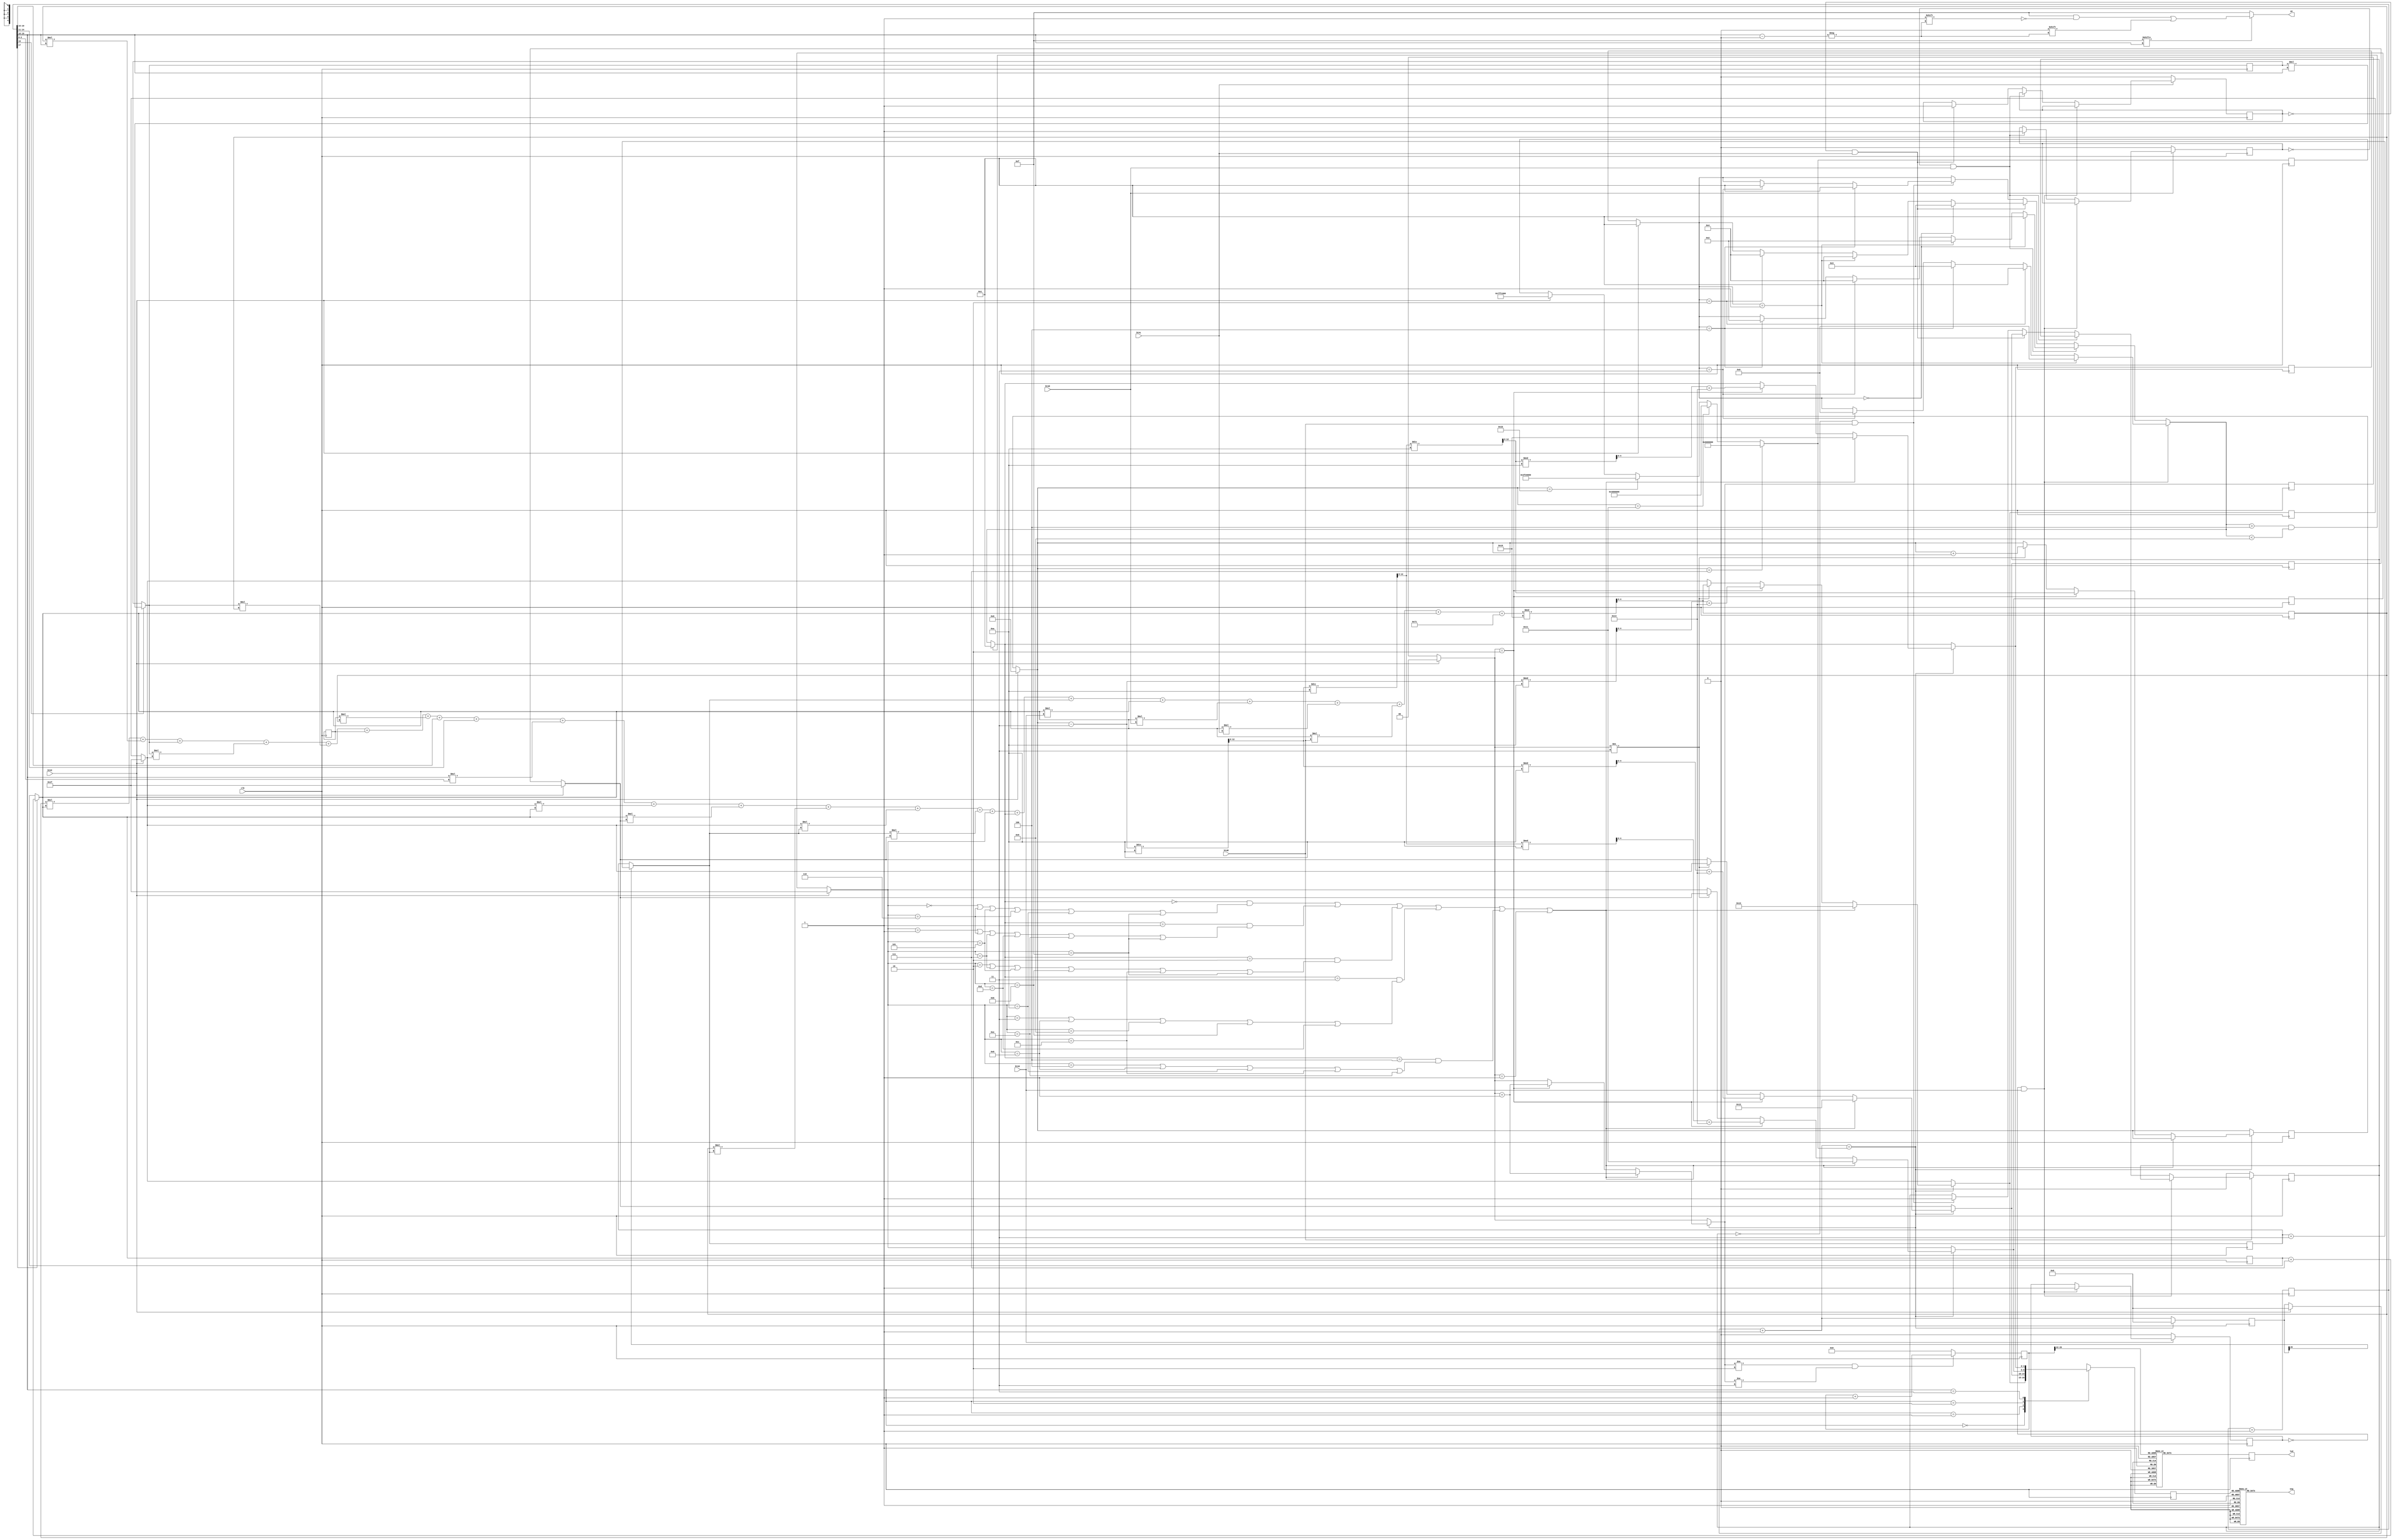
`timescale 1ns / 1ps
//////////////////////////////////////////////////////////////////////////////////
// Company: 
// Engineer: 
// 
// Design Name: 
// Module Name: sev_seg_dis
// Project Name: 
// Target Devices: 
// Tool Versions: 
// Description: 
// 
// Dependencies: 
// 
// Revision:
// Revision 0.01 - File Created
// Additional Comments:
// 
//////////////////////////////////////////////////////////////////////////////////


module sev_seg_dis(
    input btnU,
    input btnC,
    input btnD,
    input clk,
    input btnL,
    input btnR,
    output reg [6:0] seg,
    output reg [3:0] an,
    output reg [15:0] led
    
    );

    wire [1:0] s;
    wire [3:0] s1;
    wire [3:0] aen;
    reg [4:0]  seg_0=5'b11111;
    reg [4:0]  seg_1=5'b11111;
    reg [4:0]  seg_2=5'b11111;
    reg [4:0]  seg_3=5'b00001;
    reg [4:0]  digit;
    reg [19:0] clkdiv;
    reg [25:0] clkdiv2;
    reg [26:0] move_left;
    reg [4:0]  rand_no;
    reg [12:0] score=0;
    reg [1:0] display_score=0;
    reg [26:0] snr;
    reg prev_btnU;
    reg prev_btnD;
    reg prev_btnL;
    reg prev_btnR;
    reg [4:0]rmd;
    reg [4:0]rmd1;
    reg [4:0]rmd2;
    reg [4:0]rmd3;
    
    initial begin
    snr = 27'b111111111111100000000000000;
    led = 16'b1000000000000001;
    rmd = 5'b01010;
    rmd1 = 5'b10111;
    rmd2 = 5'b10110;
    rmd3 = 5'b00110;
    end
    
    assign s1 = clkdiv2[25:22];
    assign s = clkdiv[19:18];
    assign aen = 4'b1111;   // all turned off initially

    always @(posedge clk)
    begin
   // rmd = move_left[26:22];
   if(clkdiv[17]==1) rmd = rmd+7;
   if(move_left[25]==1) rmd1 = rmd1+3;
   if(move_left[27]==1) rmd2 = rmd2+5;
   if(clkdiv[19]==1) rmd3 = rmd3*s;
        if( btnC == 1 )
        begin
            seg_0=5'b11111;
            seg_1=5'b11111;
            seg_2=5'b11111;
            seg_3=5'b00001;
            move_left=0;
            snr =27'b111111111111100000000000000;
            clkdiv2 <= 0;
            score=0;
            display_score=0;
        end
        move_left = move_left + 1;
        if( prev_btnU==0 && btnU==1 )
        begin
            prev_btnU = 1;
            if(seg_3==5'b00001)
                seg_3 = 5'b00000;
            else if(seg_3==5'b00010)
                seg_3 = 5'b00001;
            else if(seg_3==5'b00100)
                seg_3 = 5'b00011;
            else if(seg_3==5'b00011)
                seg_3 = 5'b00000;
        
        end
        else if( prev_btnD==0 && btnD==1 )
        begin
            prev_btnD = 1;
            if(seg_3==5'b00000)
                seg_3 = 5'b00001;
            else if(seg_3==5'b00001)
                seg_3 = 5'b00010;
            else if(seg_3==5'b00011)
                seg_3 = 5'b00100;
            else if(seg_3==5'b00100)
                seg_3 = 5'b00010;
        end
                else if( prev_btnL==0 && btnL==1 )
        begin
            prev_btnL = 1;
            if(seg_3==5'b00000)
                seg_3 = 5'b00011;
            else if(seg_3==5'b00001)
                seg_3 = 5'b00100;
            else if(seg_3==5'b00010)
                seg_3 = 5'b00100;
        end
                else if( prev_btnR==0 && btnR==1 )
        begin
            prev_btnR = 1;
            if(seg_3==5'b00100)
                seg_3 = 5'b00001;
            else if(seg_3==5'b00011)
                seg_3 = 5'b00001;
        end

        if( seg_3 > 4 && seg_3 < 9 )        // there was some strage error where user input went to state 3, which should never happen
            seg_3 = 5'b00001;
        if(btnU==0)
            prev_btnU = 0;
        if(btnD==0)
            prev_btnD = 0;
        if(btnL==0)
            prev_btnL = 0;
        if(btnR==0)
            prev_btnR = 0;

        rand_no = ( rand_no*rmd + rand_no*s +rmd3+rmd3*seg_0+rmd3*rand_no+rmd2+rmd2*rand_no + clkdiv[19:15] +clkdiv[14:11]+s*clkdiv[2:0]+ seg_0*rmd + rmd*seg_1 + rand_no*rmd1 +  seg_0*rmd1 + rmd1*seg_1+ seg_2 +seg_3 +rmd1+ rmd*btnU + rmd*btnD + rmd*btnL + rmd*btnR + rmd  + 113) % 16 ;
        if(score==7) snr= 27'b110000000000000000000000000;
        else if(score==17) snr= 27'b100000000000000000000000000;
        else if(score==27) snr= 27'b011111111100000000000000000;
        if(move_left==snr)
        begin
                    move_left = 27'b000000000000000000000000000;
            if( ( seg_3 == 0 && ( seg_2 == 0 || seg_2 == 6 || seg_2 == 5 || seg_2 == 6 || seg_2 == 10 || seg_2 == 15) ) || ( seg_3 == 1 && ( seg_2 == 1 || seg_2 == 6 || seg_2 == 7 || seg_2 == 13 || seg_2 == 14 || seg_2 == 15) ) || ( seg_3 == 2 && ( seg_2 == 2 || seg_2 == 7 || seg_2 == 5 || seg_2 == 11 || seg_2 == 12 || seg_2 == 15) ) || (seg_3 == 3  && (seg_2 ==3 || seg_2 == 8 || seg_2 == 9 || seg_2 == 11 || seg_2 == 13)) || (seg_3 == 4 && (seg_2 == 4 || seg_2 == 8 || seg_2 == 10 || seg_2 == 12 || seg_2 == 14)) || display_score == 1 )
            begin
                seg_3 = 16;
                seg_2 = 17;
                seg_1 = 18;
                seg_0 = 19;
                display_score = display_score + 1;
            end
            else if( display_score == 2 )
            begin
                score = score - 3;
                seg_0 = ( score % 10 ) + 20;
                score = score / 10;
                seg_1 = ( score % 10 ) + 20;
                score = score / 10;
                seg_2 = ( score % 10 ) + 20;
                score = score / 10;
                seg_3 = ( score % 10 ) + 20;
                display_score = display_score + 1;      // make it 3 so that it doesn't enter any if condition until reset is pressed
                
            end
            else if( display_score != 3 )
            begin
                seg_2 = seg_1;
                seg_1 = seg_0;
                seg_0 = rand_no;
                score = score + 1;
            end
        end

        case(s)
            0:begin digit = seg_0;end
            1:begin digit = seg_1;end
            2:begin digit = seg_2;end
            3:begin digit = seg_3;end
            default:digit = seg_0;
        endcase
        clkdiv = clkdiv+1;
        if(display_score != 2 && display_score != 3)
        begin
            clkdiv2 = clkdiv2 +1;
        end
        else
        begin
            clkdiv2 = 0;
        end
    end

    // decoder or truth-table for 7 a_to_g display values
    always @(*)
    begin
        case(digit)
            0:  seg = 7'b1111110;
            1:  seg = 7'b0111111;
            2:  seg = 7'b1110111;
            3:  seg = 7'b1011111;
            4:  seg = 7'b1101111;
            5:  seg = 7'b1110110;
            6:  seg = 7'b0111110;
            7:  seg = 7'b0110111;
            8:  seg = 7'b1001111;
            9:  seg = 7'b1011110;
            10: seg = 7'b1001110;
            11: seg = 7'b1000111;
            12: seg = 7'b1100111;
            13: seg = 7'b0011111;
            14: seg = 7'b0101111;
            15: seg = 7'b0110110;
            16:  seg = 7'b1000111;     // alphabet L
            17:  seg = 7'b1000000;     // alphabet O
            18:  seg = 7'b0010010;     // alphabet S
            19:  seg = 7'b0000110;     // alphabet E
            20: seg = 7'b1000000;     // number 0
            21: seg = 7'b1111001;     // number 1
            22: seg = 7'b0100100;     // number 2
            23: seg = 7'b0110000;     // number 3
            24: seg = 7'b0011001;     // number 4
            25: seg = 7'b0010010;     // number 5
            26: seg = 7'b0000010;     // number 6
            27: seg = 7'b1111000;     // number 7
            28: seg = 7'b0000000;     // number 8
            29: seg = 7'b0011000;     // number 9
            default: seg = 7'b1111111;
        endcase
        an=4'b1111;
        if(aen[s] == 1)
            an[s] = 0;
    end
    
    always @(posedge clk)
    begin
        case(s1)
           0: led = 16'b1111111111111111;
           1: led = 16'b0100000000000010;
           2: led = 16'b0010000000000100;
           3: led = 16'b0001000000001000;
           4: led = 16'b0000100000010000;
           5: led = 16'b0000010000100000;
           6: led = 16'b0000001001000000;
           7: led = 16'b0000000110000000;
           8: led = 16'b0000001001000000;
           9: led = 16'b0000010000100000;
           10: led = 16'b0000100000010000;
           11: led = 16'b0001000000001000; 
           12: led = 16'b0010000000000100; 
           13: led = 16'b0100000000000010; 
           14: led = 16'b1000000000000001; 
           15: led = 16'b1000000000000001;
      default: led = 16'b1111111111111111;
          endcase
    end

endmodule